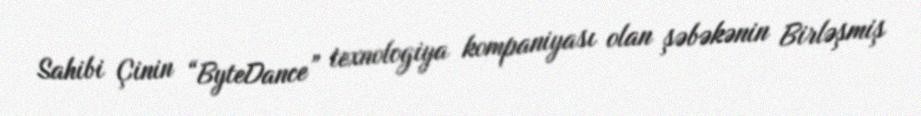
Sahibi Çinin “ByteDance” texnologiya kompaniyası olan şəbəkənin Birləşmiş